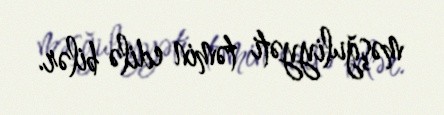
məşğuliyyəti təmin edilə bilər.